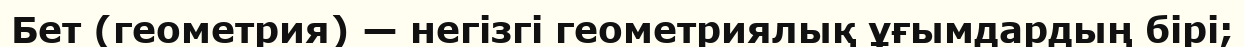
Бет (геометрия) — негізгі геометриялық ұғымдардың бірі;